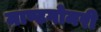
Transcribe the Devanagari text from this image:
माण्टगोमरी